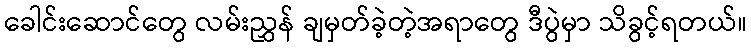
ခေါင်းဆောင်တွေ လမ်းညွှန် ချမှတ်ခဲ့တဲ့အရာတွေ ဒီပွဲမှာ သိခွင့်ရတယ်။